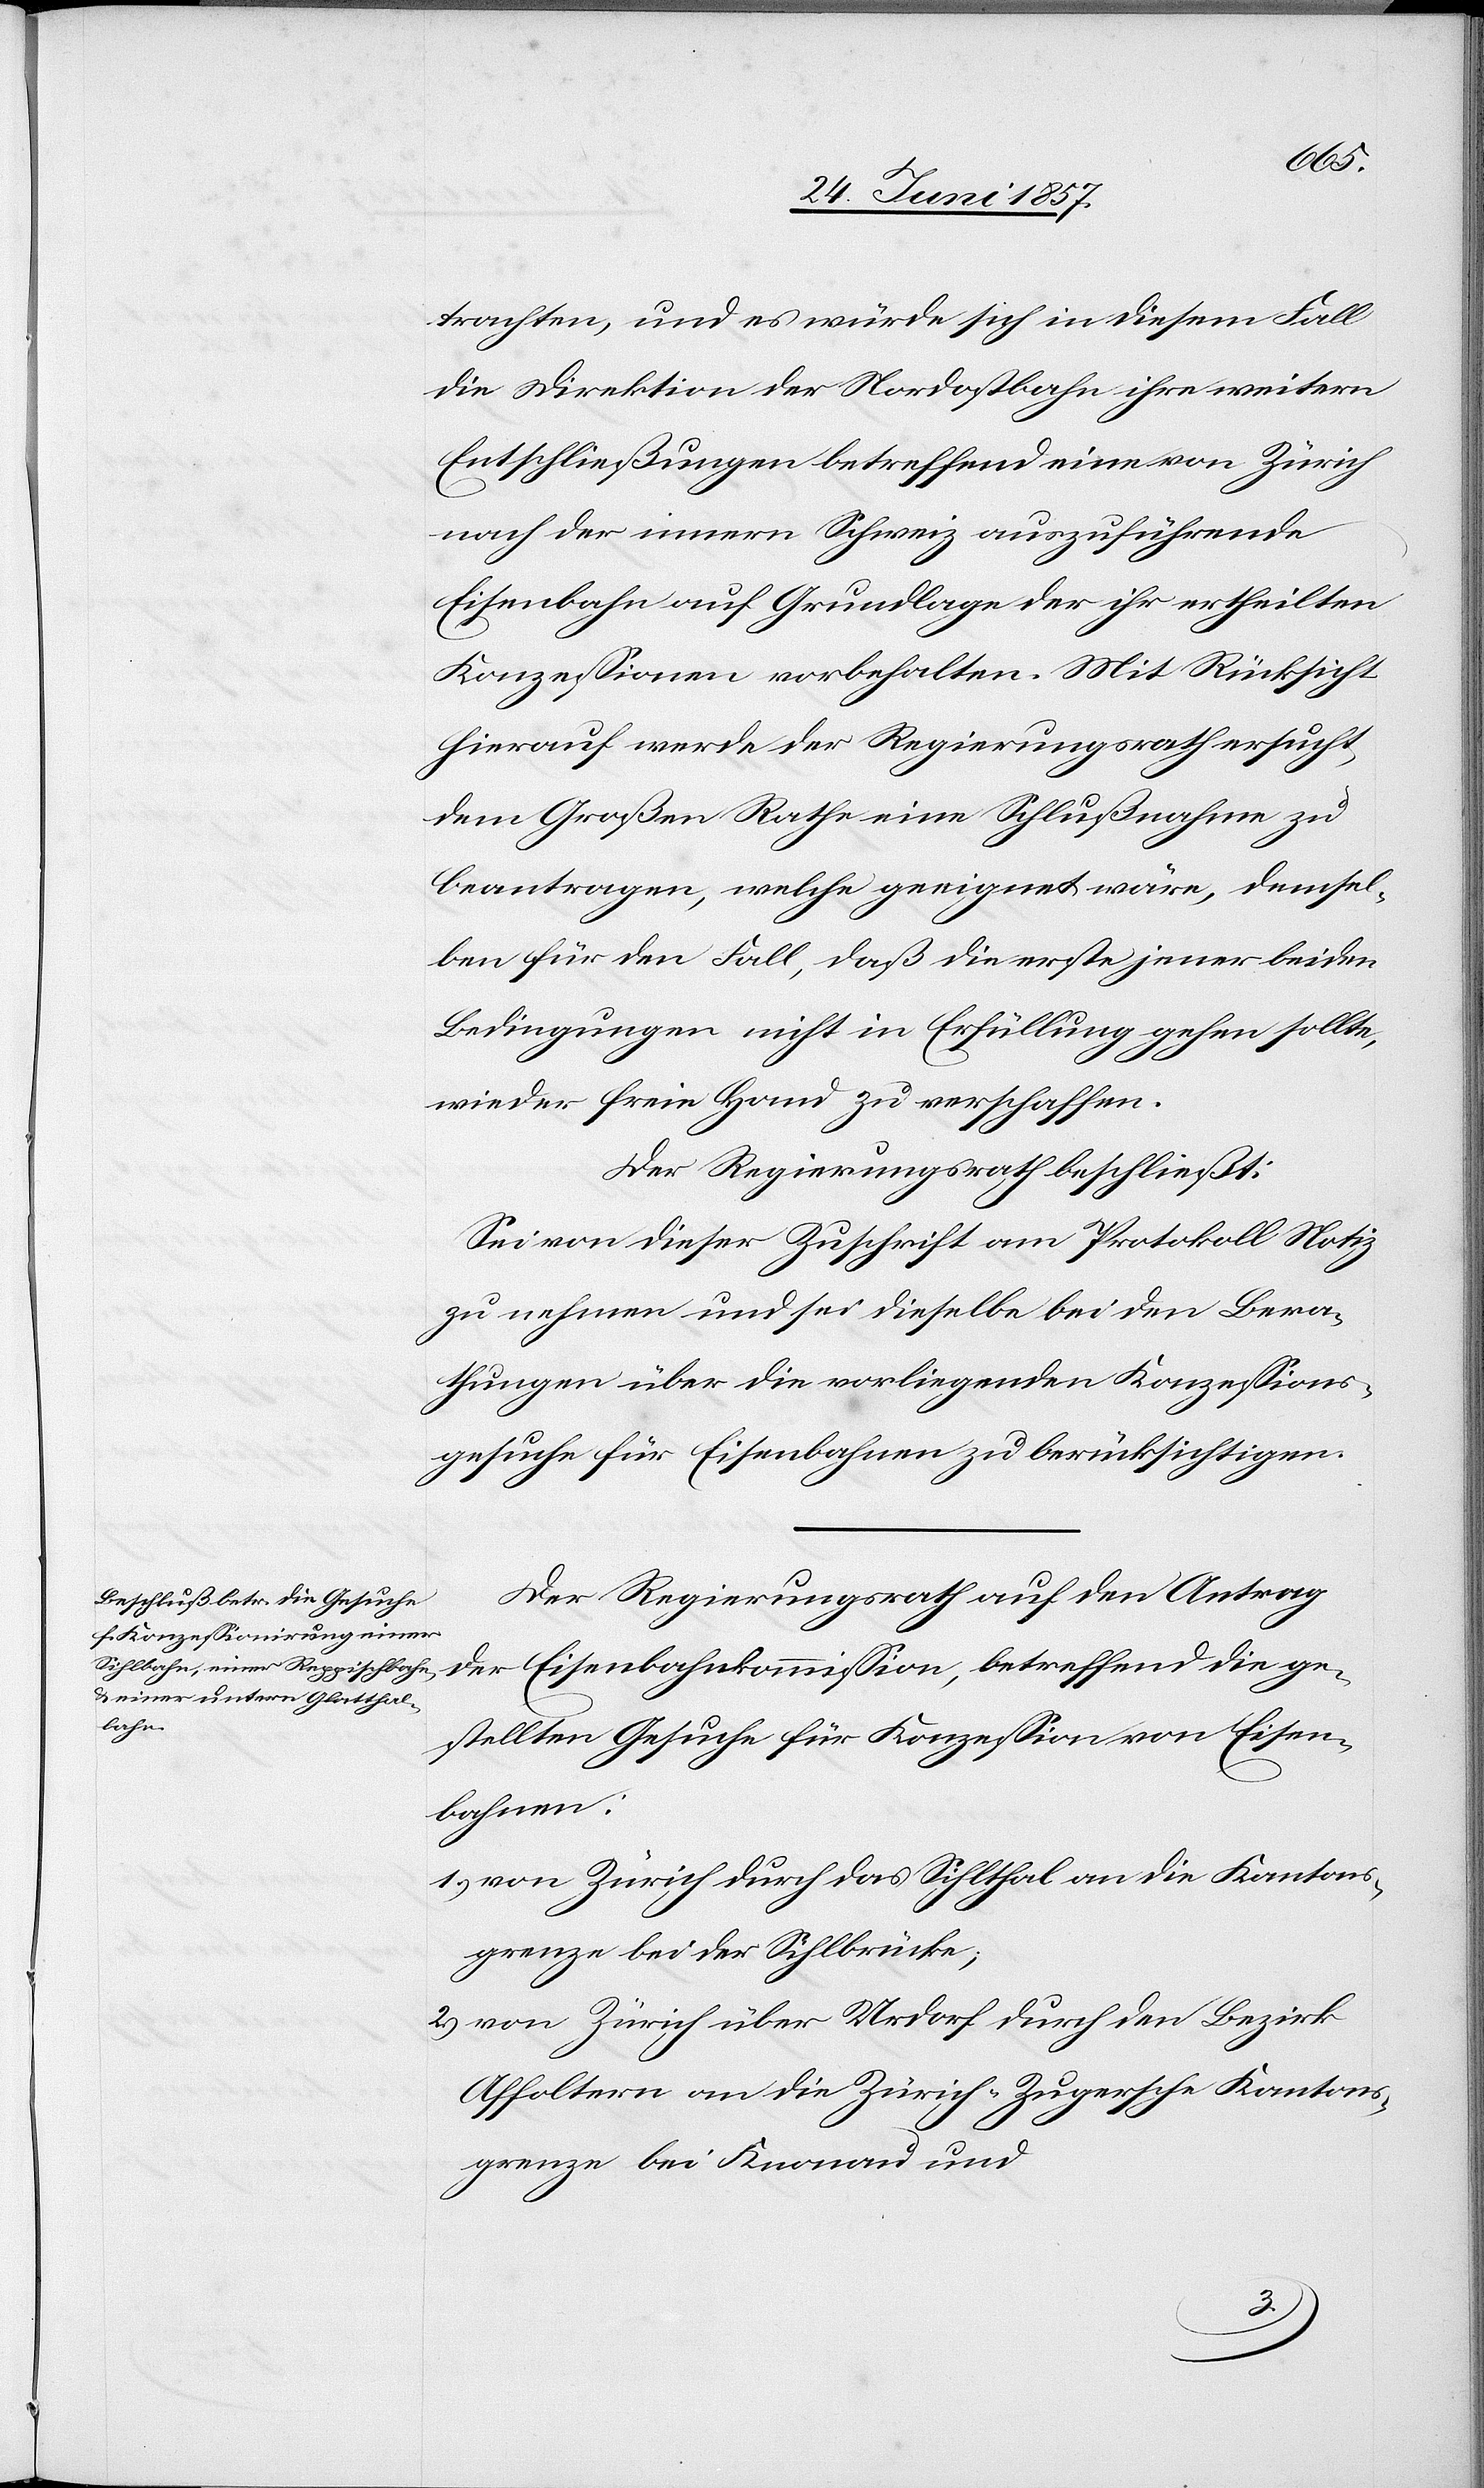
trachten, und es würde sich in diesem Fall
die Direktion der Nordostbahn ihre weitern
Entschließungen betreffend eine von Zürich
nach der innern Schweiz auszuführende
Eisenbahn auf Grundlage der ihr ertheilten
Konzessionen vorbehalten. Mit Rücksicht
hierauf werde der Regierungsrath ersucht,
dem Großen Rathe eine Schlußnahme zu
beantragen, welche geeignet wäre, demsel¬
ben für den Fall, daß die erste jener beiden
Bedingungen nicht in Erfüllung gehen sollte,
wieder freie Hand zu verschaffen.
Der Regierungsrath beschließt:
Sei von dieser Zuschrift am Protokoll Notiz
zu nehmen und sei dieselbe bei den Bera¬
thungen über die vorliegenden Konzessions¬
gesuche für Eisenbahnen zu berücksichtigen.
Der Regierungsrath auf den Antrag
der Eisenbahnkommission, betreffend die ge¬
stellten Gesuche für Konzession von Eisen¬
bahnen:
1.) von Zürich durch das Sihlthal an die Kantons¬
grenze bei der Sihlbrücke;
2.) von Zürich über Urdorf durch den Bezirk
Affoltern an die Zürich-Zugersche Kantons¬
grenze bei Knonau und